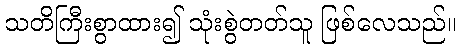
သတိကြီးစွာထား၍ သုံးစွဲတတ်သူ ဖြစ်လေသည်။